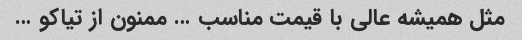
مثل همیشه عالی با قیمت مناسب … ممنون از تیاکو …